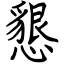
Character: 懇